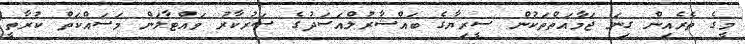
މީގެ ތެރެއިން ގިނަ ޖަމާއަތްތަކުން ސީރިޔާގެ ބައްޝާރުލްއަސަދުގެ ސަރުކާރު ވައްޓާލަން މަސައްކަތް ކުރާތީ